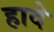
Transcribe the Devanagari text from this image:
हादे